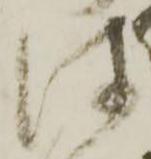
は